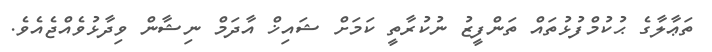
ތަޢާލާގެ ޙުކުމްފުޅުތައް ތަންފީޒު ނުކުރާތީ ކަމަށް ޝައިޚް އާދަމް ނިޝާން ވިދާޅުވެއްޖެއެވެ.